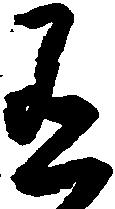
有